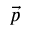
\vec { p }